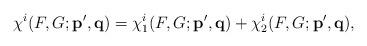
LaTeX: \begin{align*}\chi^{i}(F,G;{\bf p',q})=\chi_{1}^{i}(F,G;{\bf p',q})+\chi_{2}^{i}(F,G;{\bf p',q}),\end{align*}